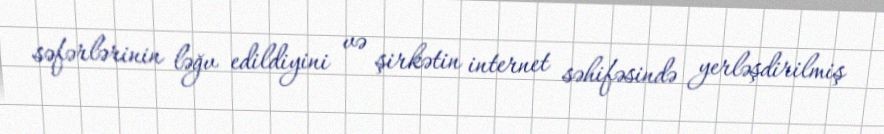
səfərlərinin ləğv edildiyini və şirkətin internet səhifəsində yerləşdirilmiş